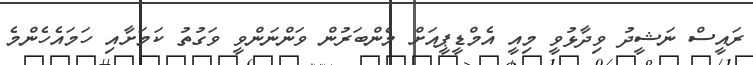
ރައީސް ނަޝީދު ވިދާޅުވީ މިއީ އެމްޑީޕީއަށް މެންބަރުން ވަންނަންވީ ވަގުތު ކަމަށާއި ހަމައެހެންމެ